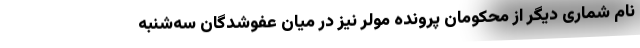
نام شماری دیگر از محکومان پروندهٔ مولر نیز در میان عفوشدگان سه‌شنبه